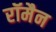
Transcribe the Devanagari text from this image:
रॉमैन